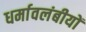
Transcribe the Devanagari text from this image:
धर्मावलंबीयों